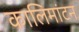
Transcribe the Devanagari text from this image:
कालिमांटन